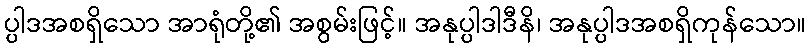
ပ္ပါဒအစရှိသော အာရုံတို့၏ အစွမ်းဖြင့်။ အနုပ္ပါဒါဒီနိ၊ အနုပ္ပါဒအစရှိကုန်သော။